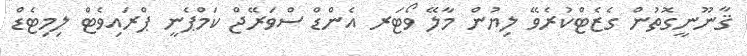
ޤާނޫނީގޮތުން ގެޒެޓްކުރެވޭ ލިޔުން މާލޭ ވޯޓަރ އެންޑް ސްވަރޭޖް ކަމްޕެނީ ޕްރައިވެޓް ލިމިޓެޑް